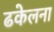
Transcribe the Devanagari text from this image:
ढकेलना